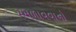
મમળાવવાનો